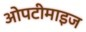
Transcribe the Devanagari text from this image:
ओपटीमाइज